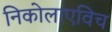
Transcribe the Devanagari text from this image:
निकोलाएविच